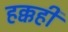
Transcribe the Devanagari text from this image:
हक्कही